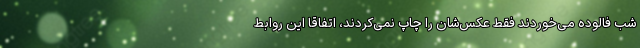
شب فالوده می‌خوردند فقط عکس‌شان را چاپ نمی‌کردند، اتفاقا این روابط